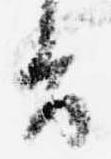
旨